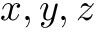
x , y , z